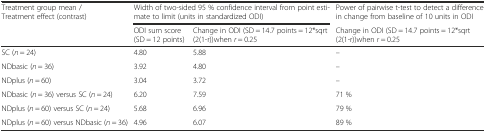
<table><thead><tr><td><b>Treatment group mean / Treatment effect (contrast)</b></td><td colspan="2"><b>Width of two-sided 95 % confidence interval from point estimate to limit (units in standardized ODI)</b></td><td><b>Power of pairwise t-test to detect a difference in change from baseline of 10 units in ODI</b></td></tr><tr><td></td><td><b>ODI sum score (SD = 12 points)</b></td><td><b>Change in ODI (SD = 14.7 points = 12*sqrt (2(1-r))when <i>r</i> = 0.25</b></td><td><b>Change in ODI (SD = 14.7 points = 12*sqrt (2(1-r))when <i>r</i> = 0.25</b></td></tr></thead><tbody><tr><td>SC (<i>n</i> = 24)</td><td>4.80</td><td>5.88</td><td>–</td></tr><tr><td>NDbasic (<i>n</i> = 36)</td><td>3.92</td><td>4.80</td><td>–</td></tr><tr><td>NDplus (<i>n</i> = 60)</td><td>3.04</td><td>3.72</td><td>–</td></tr><tr><td>NDbasic (<i>n</i> = 36) versus SC (<i>n</i> = 24)</td><td>6.20</td><td>7.59</td><td>71 %</td></tr><tr><td>NDplus (<i>n</i> = 60) versus SC (<i>n</i> = 24)</td><td>5.68</td><td>6.96</td><td>79 %</td></tr><tr><td>NDplus (<i>n</i> = 60) versus NDbasic (<i>n</i> = 36)</td><td>4.96</td><td>6.07</td><td>89 %</td></tr></tbody></table>